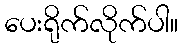
ပေးရိုက်လိုက်ပါ။